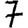
Digit: 7